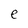
Character: e